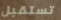
تستقبل